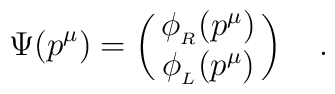
\Psi (p^\mu) = \pmatrix{\phi_{_R} (p^\mu)\cr\phi_{_L} (p^\mu)\cr}\quad.